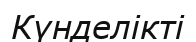
Күнделікті